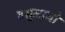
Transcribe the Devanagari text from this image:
वसुमानो